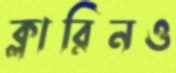
ক্লারিনও